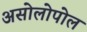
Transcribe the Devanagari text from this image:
असोलोपोल